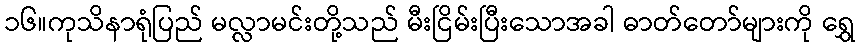
၁၆။ကုသိနာရုံပြည် မလ္လာမင်းတို့သည် မီးငြိမ်းပြီးသောအခါ ဓာတ်တော်များကို ရွှေ